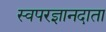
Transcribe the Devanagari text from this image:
स्वपरज्ञानदाता